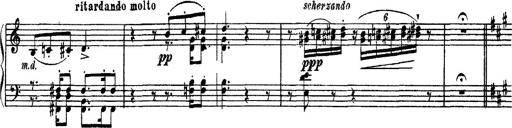
Title: Apparitions
Composer: Franz Liszt